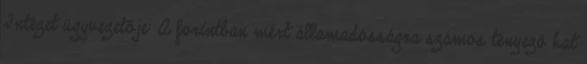
Intézet ügyvezetője: A forintban mért államadósságra számos tényező hat